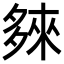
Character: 𭐽